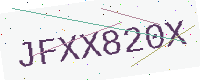
Text: JFXX820X